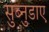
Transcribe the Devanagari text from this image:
सुब्नुडाए